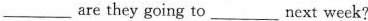
___ are they going to ___ next week?